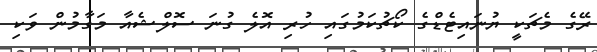
ރޭގެ މެޗަަކީ ޔުނައިޓެޑްގެ ކޯޗުކަމުގައި ހުރި އޮލެ ގުނަ ސޮލްޝެއާ މަގާމުން ވަކި